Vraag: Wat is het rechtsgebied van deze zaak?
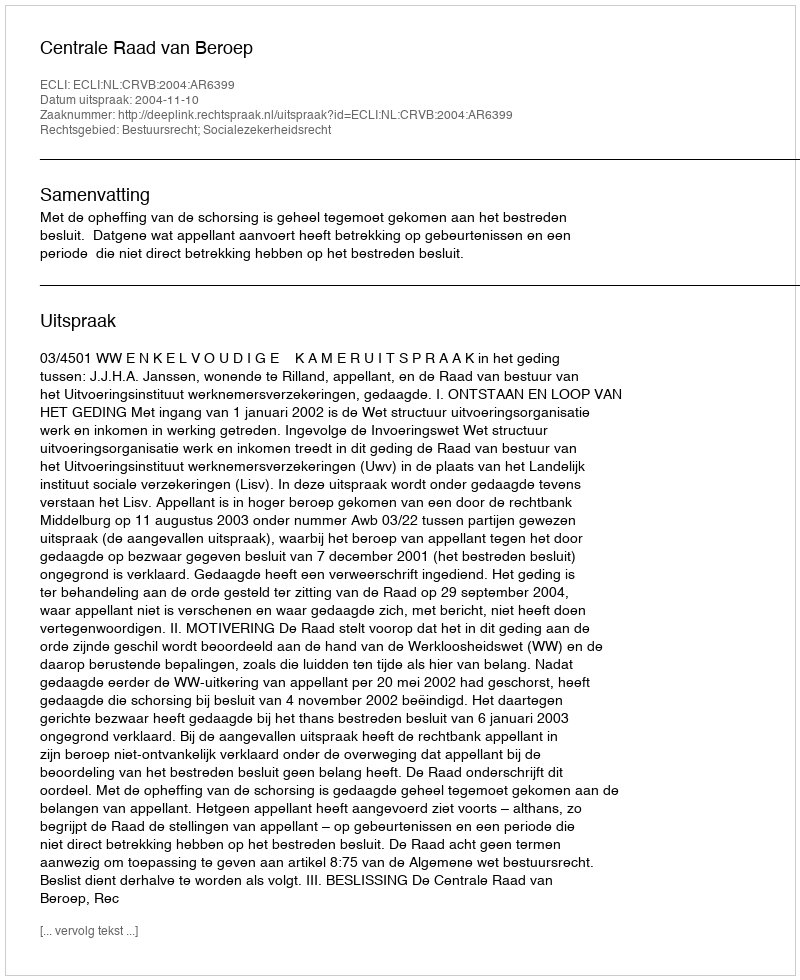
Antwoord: Bestuursrecht; Socialezekerheidsrecht